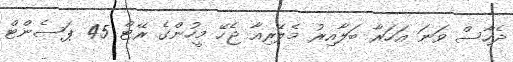
ދެހާސް ވަނަ އަހަރާ ބަލާއިރު މެލޭރިއާ ޖެހޭ މީހުންގެ ރޭޓް 45 ޕަސެންޓް